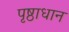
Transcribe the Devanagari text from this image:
पृष्ठाधान